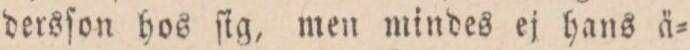
dersſon hos ſig, men mindes ej hans ä=